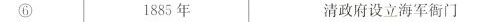
⑥ 1885年 清政府设立海军衙门